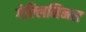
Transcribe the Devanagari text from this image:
गेल्‍लिमिनस